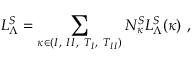
{ \cal L } _ { \Lambda } ^ { S } = \sum _ { \kappa \in { ( I , ~ I I , ~ T _ { I } , ~ T _ { I I } ) } } N _ { \kappa } ^ { S } { \cal L } _ { \Lambda } ^ { S } ( \kappa ) ~ ,